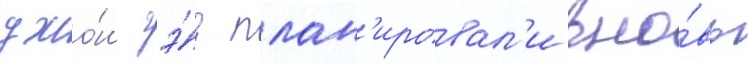
джо́ш гэ́д план'ировал'и вно́вь